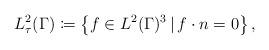
LaTeX: \begin{align*}L_{\tau}^{2}(\Gamma)\coloneqq\left\{ f\in L^{2}(\Gamma)^{3}\,|\, f\cdot n=0\right\} ,\end{align*}